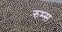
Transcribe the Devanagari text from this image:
रुम्स